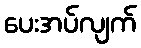
ပေးအပ်လျက်